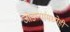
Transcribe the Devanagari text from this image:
जोडप्यांमध्येही